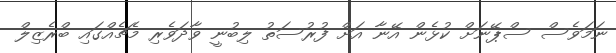
ނަމަވެސް ސްޕޭނަށް ކުޅެން އޭނާ އަށް ފުރުސަތު ލިބުނީ ވާދަވެރި މެޗެއްގައި ބްރެޒިލް